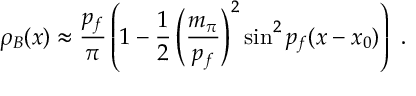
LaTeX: \rho _ { B } ( x ) \approx \frac { p _ { f } } { \pi } \left( 1 - \frac { 1 } { 2 } \left( \frac { m _ { \pi } } { p _ { f } } \right) ^ { 2 } \sin ^ { 2 } p _ { f } ( x - x _ { 0 } ) \right) \ .